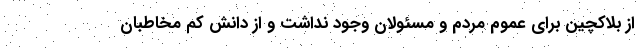
از بلاکچین برای عموم مردم و مسئولان وجود نداشت و از دانش کم مخاطبان